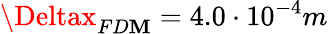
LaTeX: \Deltax_{FD\mathbf{M}}=4.0\cdot10^{-4}m